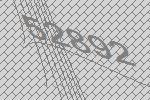
52892